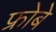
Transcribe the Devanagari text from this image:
फ्रोबे